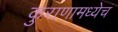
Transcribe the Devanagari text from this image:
कुराणामध्येच